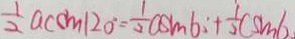
\frac { 1 } { 2 } a c c m 1 2 0 ^ { \circ } = \frac { 1 } { 2 } a s m 6 : + \frac { 1 } { 2 } c s m 6